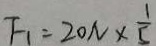
F _ { 1 } = 2 0 N \times \frac { 1 } { 5 }